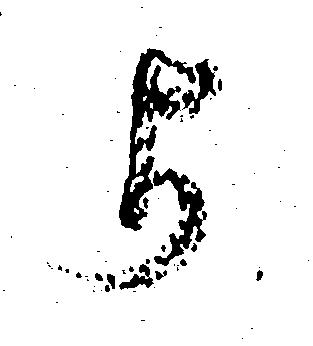
よ